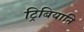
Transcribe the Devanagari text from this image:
ट्रिबियानि